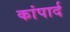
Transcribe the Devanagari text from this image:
कांपार्द